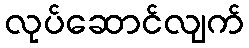
လုပ်ဆောင်လျက်